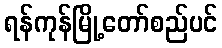
ရန်ကုန်မြို့တော်စည်ပင်